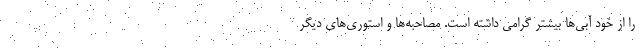
را از خود آبی‌ها بیشتر گرامی داشته است. مصاحبه‌ها و استوری‌های دیگر